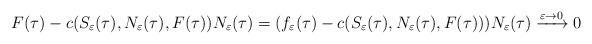
LaTeX: \begin{align*}F(\tau) - c(S_\varepsilon(\tau),N_\varepsilon(\tau),F(\tau))N_\varepsilon(\tau)=(f_\varepsilon(\tau) - c(S_\varepsilon(\tau),N_\varepsilon(\tau),F(\tau)))N_\varepsilon(\tau) \xrightarrow{\varepsilon\to 0} 0\end{align*}